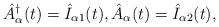
LaTeX: \begin{align*}\hat{A}_{\alpha}^{\dagger}(t) = \hat{I}_{\alpha 1} (t),\hat{A}_{\alpha} (t) = \hat{I}_{\alpha 2} (t),\end{align*}